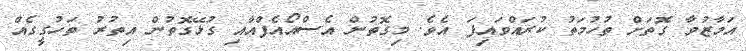
އަމާޒުވާ ގޮތަށް ތުހުމަތު ކުރައްވައިފަ އެވެ. މިގޮތުން އެސްއޯއެފްއާއި ގުޅޭގޮތުން އިތުރު ތަހުގީގެއް